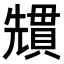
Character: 𭀷